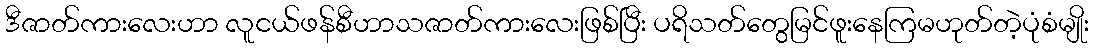
ဒီဇာတ်ကားလေးဟာ လူငယ်ဖန်စီဟာသဇာတ်ကားလေးဖြစ်ပြီး ပရိသတ်တွေမြင်ဖူးနေကြမဟုတ်တဲ့ပုံစံမျိုး